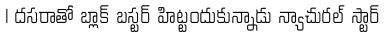
| దసరాతో బ్లాక్ బస్టర్ హిట్టందుకున్నాడు న్యాచురల్ స్టార్